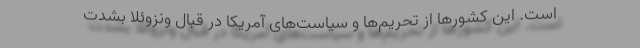
است. این کشورها از تحریم‌ها و سیاست‌های آمریکا در قبال ونزوئلا بشدت